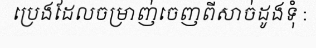
ប្រេងដែលចម្រាញ់ចេញពីសាច់ដូងទុំ :